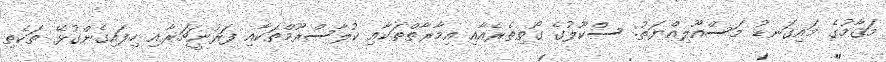
މަޤާމުގެ މައިގަނޑު މަސްއޫލިއްޔަތު: ސްކޫލުގެ ގޯތިތެރެއާއި އިމާރާތްތަކާއި ކުލާސްރޫމްތަކާއި ފަރުނީޗަރާއި ހިފައިގެންގުޅޭ ތަކެތި